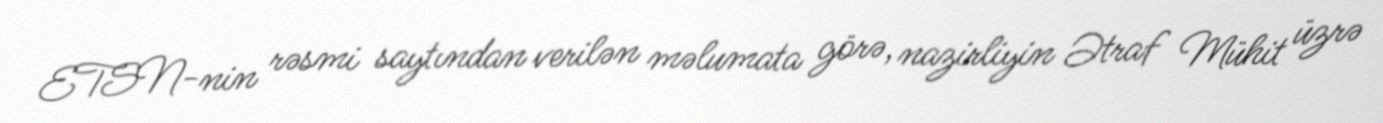
ETSN-nin rəsmi saytından verilən məlumata görə, nazirliyin Ətraf Mühit üzrə